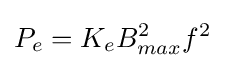
P_{e}=K_{e}B_{max}^{2}f^{2}